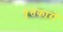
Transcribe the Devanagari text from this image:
वृत्तकारों